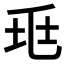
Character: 𡊥